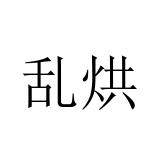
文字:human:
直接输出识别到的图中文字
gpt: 乱烘